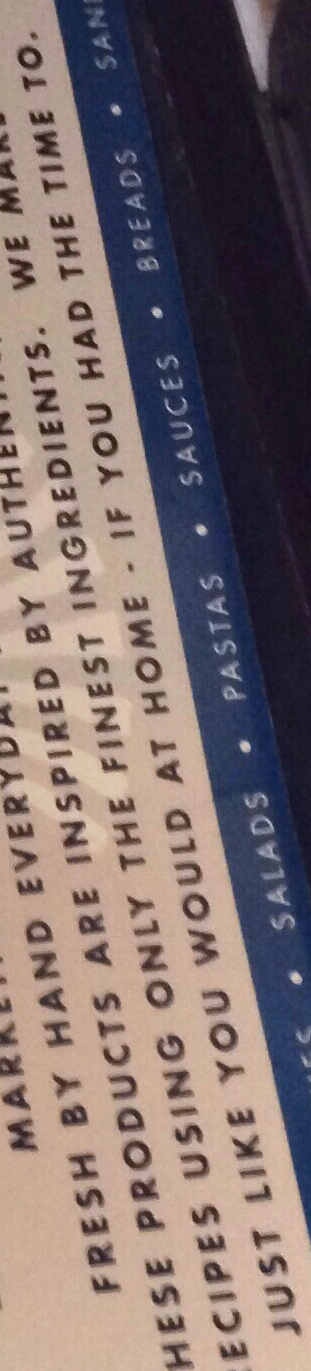
JUST LIKE YOU WOULD AT HOME-IF YOU HAD THE TIME TO.